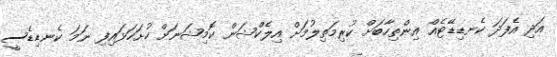
އަދި އެފަދަ ކެނޑިޑޭޓެއް އިންތިހާބަށް ކުރިމަތިލުމަށް އިލެކްޝަން ކޮމިޝަނަށް ހުށަހަޅައިފި ނަމަ ކެނޑިޑެސީ